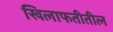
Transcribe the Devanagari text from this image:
खिलाफतीतील